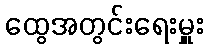
ထွေအတွင်းရေးမှူး